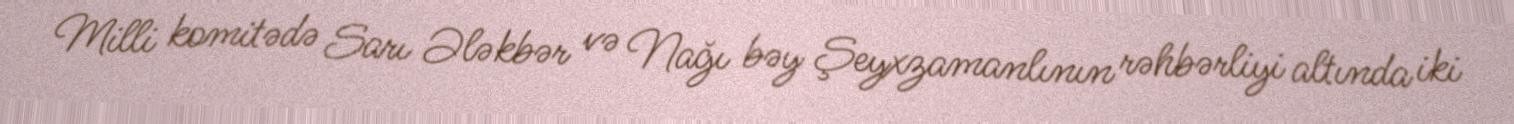
Milli komitədə Sarı Ələkbər və Nağı bəy Şeyxzamanlının rəhbərliyi altında iki